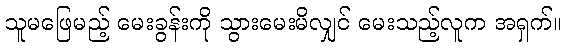
သူမဖြေမည့် မေးခွန်းကို သွားမေးမိလျှင် မေးသည့်လူက အရှက်။